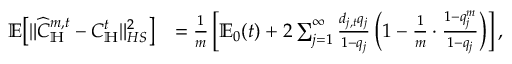
\begin{array} { r l } { \mathbb E \big [ \| \widehat C _ { \mathbb H } ^ { m , t } - C _ { \mathbb H } ^ { t } \| _ { H S } ^ { 2 } \big ] } & { = \frac 1 m \left[ \mathbb E _ { 0 } ( t ) + 2 \sum _ { j = 1 } ^ { \infty } \frac { d _ { j , t } q _ { j } } { 1 - q _ { j } } \left( 1 - \frac { 1 } m \cdot \frac { 1 - q _ { j } ^ { m } } { 1 - q _ { j } } \right) \right] , } \end{array}